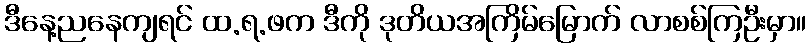
ဒီနေ့ညနေကျရင် ထ.ရ.ဖက ဒီကို ဒုတိယအကြိမ်မြောက် လာစစ်ကြဦးမှာ။